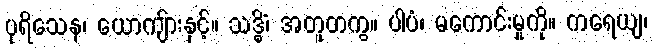
ပုရိသေန၊ ယောကျ်ားနှင့်။ သဒ္ဓိံ၊ အတူတကွ။ ပါပံ၊ မကောင်းမှုကို။ ကရေယျ၊